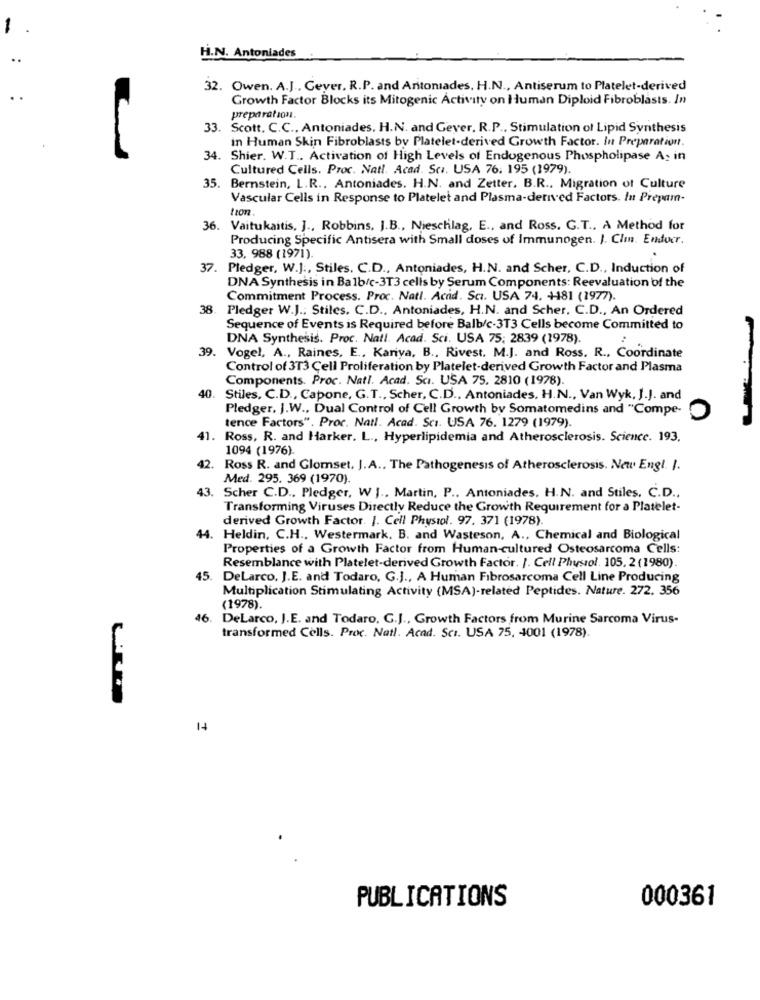
H.N. Antoniades
32. Owen. A.J ., Geyer, R.P. and Antoniades, H.N ., Antiserum to Platelet-derived
Growth Factor Blocks its Mitogenic Activity on Human Diploid Fibroblasts. In
preparation.
33. Scott, C.C ., Antoniades. H.N. and Geyer. R.P ., Stimulation of Lipid Synthesis
in Human Skin Fibroblasts by Platelet-derived Growth Factor. In Preparation.
. Shier. W.T ., Activation of High Levels of Endogenous Phospholipase A. in
Cultured Cells. Proc. Natl. Acad. Sca. USA 76. 195 (1979).
35. Bernstein, L.R ., Antoniades. H.N. and Zetter. B.R ., Migration of Culture
Vascular Cells in Response to Platelet and Plasma-derived Factors. In Prepam-
36. Vaitukaitis, J ., Robbins, J.B ., Nieschlag, E ., and Ross. G.T ., A Method for
Producing Specific Antisera with Small doses of Immunogen. J. Cli. Endocr.
33, 988 (1971).
37. Pledger, W.J ., Stiles. C.D ., Antoniades, H.N. and Scher, C.D ., Induction of
DNA Synthesis in Balb/c-3T3 cells by Serum Components: Reevaluation of the
Commitment Process. Proc. Natl. Acid. Sci. USA 74, +181 (1977).
38
Pledger W.J .; Stiles. C.D ., Antoniades, H.N. and Scher, C.D ., An Ordered
Sequence of Events is Required before Balb/c-3T3 Cells become Committed to
DNA Synthesis. Proc. Natl. Acad. Sci. USA 75; 2839 (1978).
39. Vogel, A ., Raines, E ., Kariya, B ., Rivest. M.J. and Ross. R ., Coordinate
Control of 3T3 Cell Proliferation by Platelet-derived Growth Factor and Plasma
Components. Proc. Natl. Acad. Sci. USA 75. 2810 (1978).
40. Stiles, C.D ., Capone, G.T ., Scher, C.D ., Antoniades, H.N ., Van Wyk, J.J. and
Pledger, J.W ., Dual Control of Cell Growth by Somatomedins and "Compe-
tence Factors". Proc. Natl. Acad. Scı. USA 76. 1279 (1979).
41.
Ross, R. and Harker. L ., Hyperlipidemia and Atherosclerosis. Science. 193.
1094 (1976).
42.
Ross R. and Glomset. J.A .. The Pathogenesis of Atherosclerosis. New Engl. I.
Med. 295. 369 (1970).
43. Scher C.D ., Pledger, W J ., Martin, P .. Antoniades. H.N. and Stiles, C.D .,
Transforming Viruses Directly Reduce the Growth Requirement for a Platelet-
derived Growth Factor. I. Cell Physiol. 97. 371 (1978).
44. Heldin, C.H ., Westermark. B. and Wasteson, A ., Chemical and Biological
Properties of a Growth Factor from Human-cultured Osteosarcoma Cells:
Resemblance with Platelet-derived Growth Factor. I. Cell Physiol. 105. 2 (1980).
45.
DeLarco, J.E. and Todaro, G.J ., A Human Fibrosarcoma Cell Line Producing
Multiplication Stimulating Activity (MSA)-related Peptides. Nature. 272. 356
(1978).
46. DeLarco, J.E. and Todaro. G.J ., Growth Factors from Murine Sarcoma Virus-
transformed Cells. Proc. Natl. Acad. Sci. USA 75, 4001 (1978).
PUBLICATIONS
000361